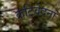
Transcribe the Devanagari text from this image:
कटिवेदना